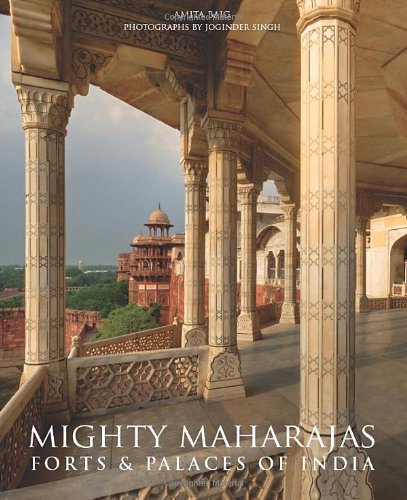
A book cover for Mighty Maharajas: Forts & Palaces of India; Amita Baig; Travel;